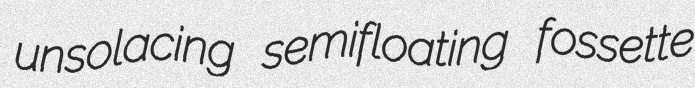
unsolacing semifloating fossette